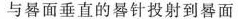
与晷面垂直的晷针投射到晷面